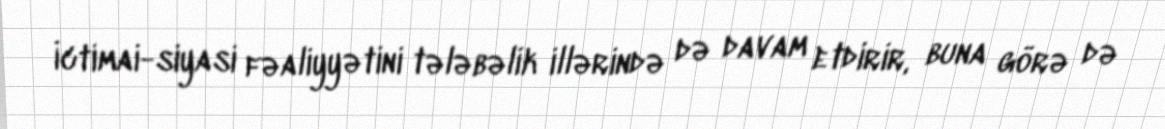
İctimai-siyasi fəaliyyətini tələbəlik illərində də davam etdirir, buna görə də